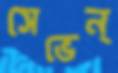
সেভেন্